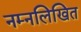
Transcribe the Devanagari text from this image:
नम्नलिखित